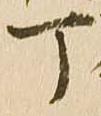
丁